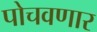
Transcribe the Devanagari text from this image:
पोचवणार